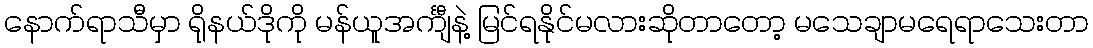
နောက်ရာသီမှာ ရိုနယ်ဒိုကို မန်ယူအင်္ကျီနဲ့ မြင်ရနိုင်မလားဆိုတာတော့ မသေချာမရေရာသေးတာ